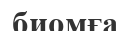
биомға